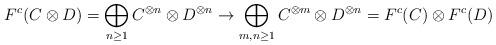
LaTeX: \begin{align*}F^c(C\otimes D)=\bigoplus_{n\geq 1}C^{\otimes n}\otimes D^{\otimes n} \rightarrow \bigoplus_{m,n\geq 1}C^{\otimes m}\otimes D^{\otimes n} = F^c(C)\otimes F^c(D)\end{align*}